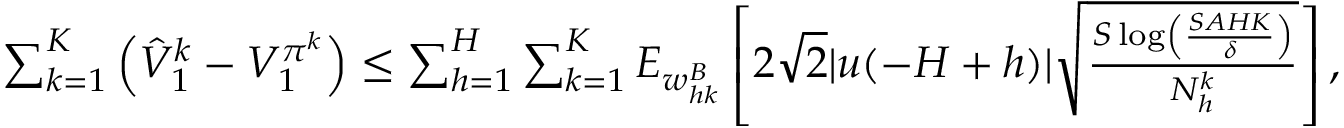
\begin{array} { r l } & { \sum _ { k = 1 } ^ { K } \left( \hat { V } _ { 1 } ^ { k } - V _ { 1 } ^ { \pi ^ { k } } \right) \leq \sum _ { h = 1 } ^ { H } \sum _ { k = 1 } ^ { K } E _ { w _ { h k } ^ { B } } \left[ 2 \sqrt { 2 } \vert u ( - H + h ) \vert \sqrt { \frac { S \log \left( \frac { S A H K } { \delta } \right) } { N _ { h } ^ { k } } } \right] , } \end{array}